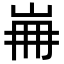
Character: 𡷌